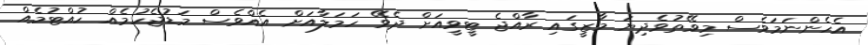
އެހެންނަމަވެސް މިވޭތުވެދިޔަ މާޒީގައި ރާއްޖެ ޓީވީއަށް ދެވޭ ހަމަލާއަށް އެއްވެސް މަޑުޖެހުމެއް ހުއްޓުމެއް